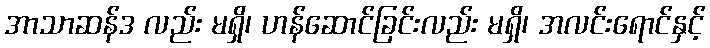
အာသာဆန်ဒ လည်း မရှိ၊ ဟန်ဆောင်ခြင်းလည်း မရှိ၊ အလင်းရောင်နှင့်